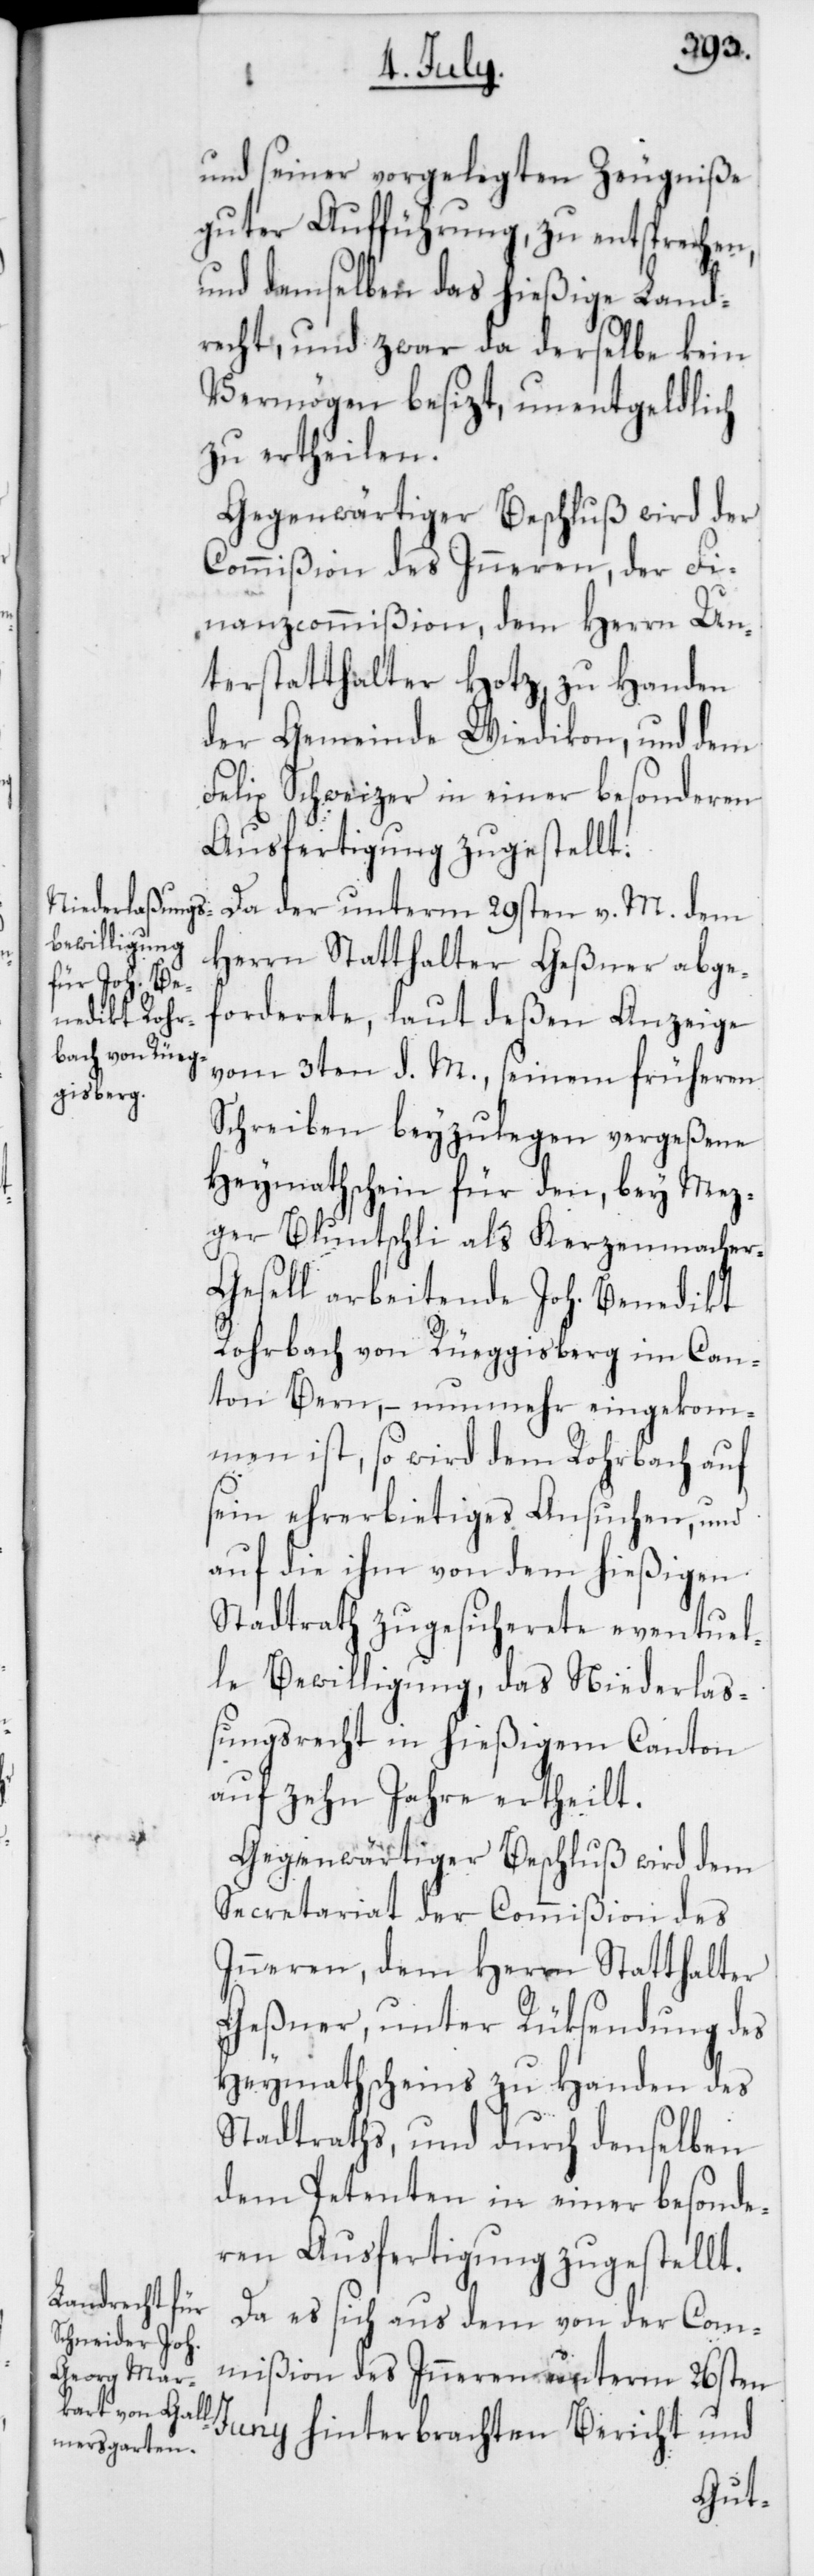
und seiner vorgelegten Zeugniße
guter Aufführung, zu entsprechen,
und demselben das hießige Land¬
recht, und zwar da derselbe kein
Vermögen besizt, unentgeldlich
zu ertheilen.
Gegenwärtiger Beschluß wird der
Commißion des Inneren, der Fi¬
nanzcommißion, dem Herrn Un¬
terstatthalter Hotz, zu Handen
der Gemeinde Wiedikon, und dem
Felix Schweizer in einer besonderen
Ausfertigung zugestellt.
Da der unterm 29sten v. M. dem
Herrn Statthalter Geßner abge¬
forderete, laut deßen Anzeige
vom 3ten d. M., seinem früheren
Schreiben beyzulegen vergeßene
Heymathschein für den, bey Mez¬
ger Bluntschli als Kerzenmacher-G¬
esell arbeitende Joh. Benedikt
Rohrbach von Rüeggisberg im Can¬
ton Bern, – nunmehr eingekom¬
men ist, so wird dem Rohrbach auf
sein ehrerbietiges Ansuchen, und
auf die ihm von dem hießigen
Stadtrath zugesicherete eventuel¬
le Bewilligung, das Niederlaß¬
ungsrecht in hießigem Canton
auf zehn Jahre ertheilt.
Gegenwärtiger Beschluß wird dem
Secretariat der Commißion des
Inneren, dem Herrn Statthalter
Geßner, unter Rüksendung des
Heymathscheins zu Handen des
Stadtraths, und durch denselben
dem Petenten in einer besonde¬
ren Ausfertigung zugestellt.
Da es sich aus dem von der Com¬
mißion des Inneren unterm 26sten